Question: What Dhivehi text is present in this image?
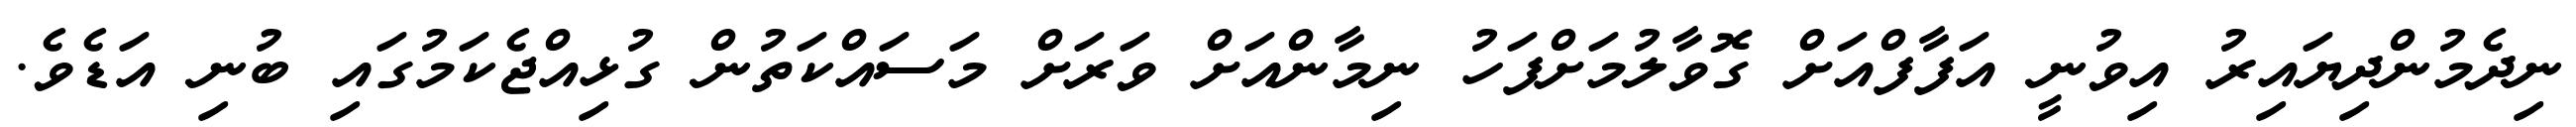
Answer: ނިދެމުންދިޔައިރު އިވުނީ އަފާފްއަށް ގޮވާލުމަށްފަހު ނިމާންއަށް ވަރަށް މަސައްކަތުން ގުޅިއްޖެކަމުގައި ބުނި އަޑެވެ.